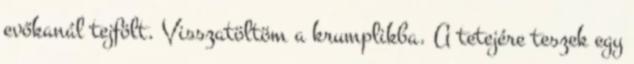
evőkanál tejfölt. Visszatöltöm a krumplikba. A tetejére teszek egy